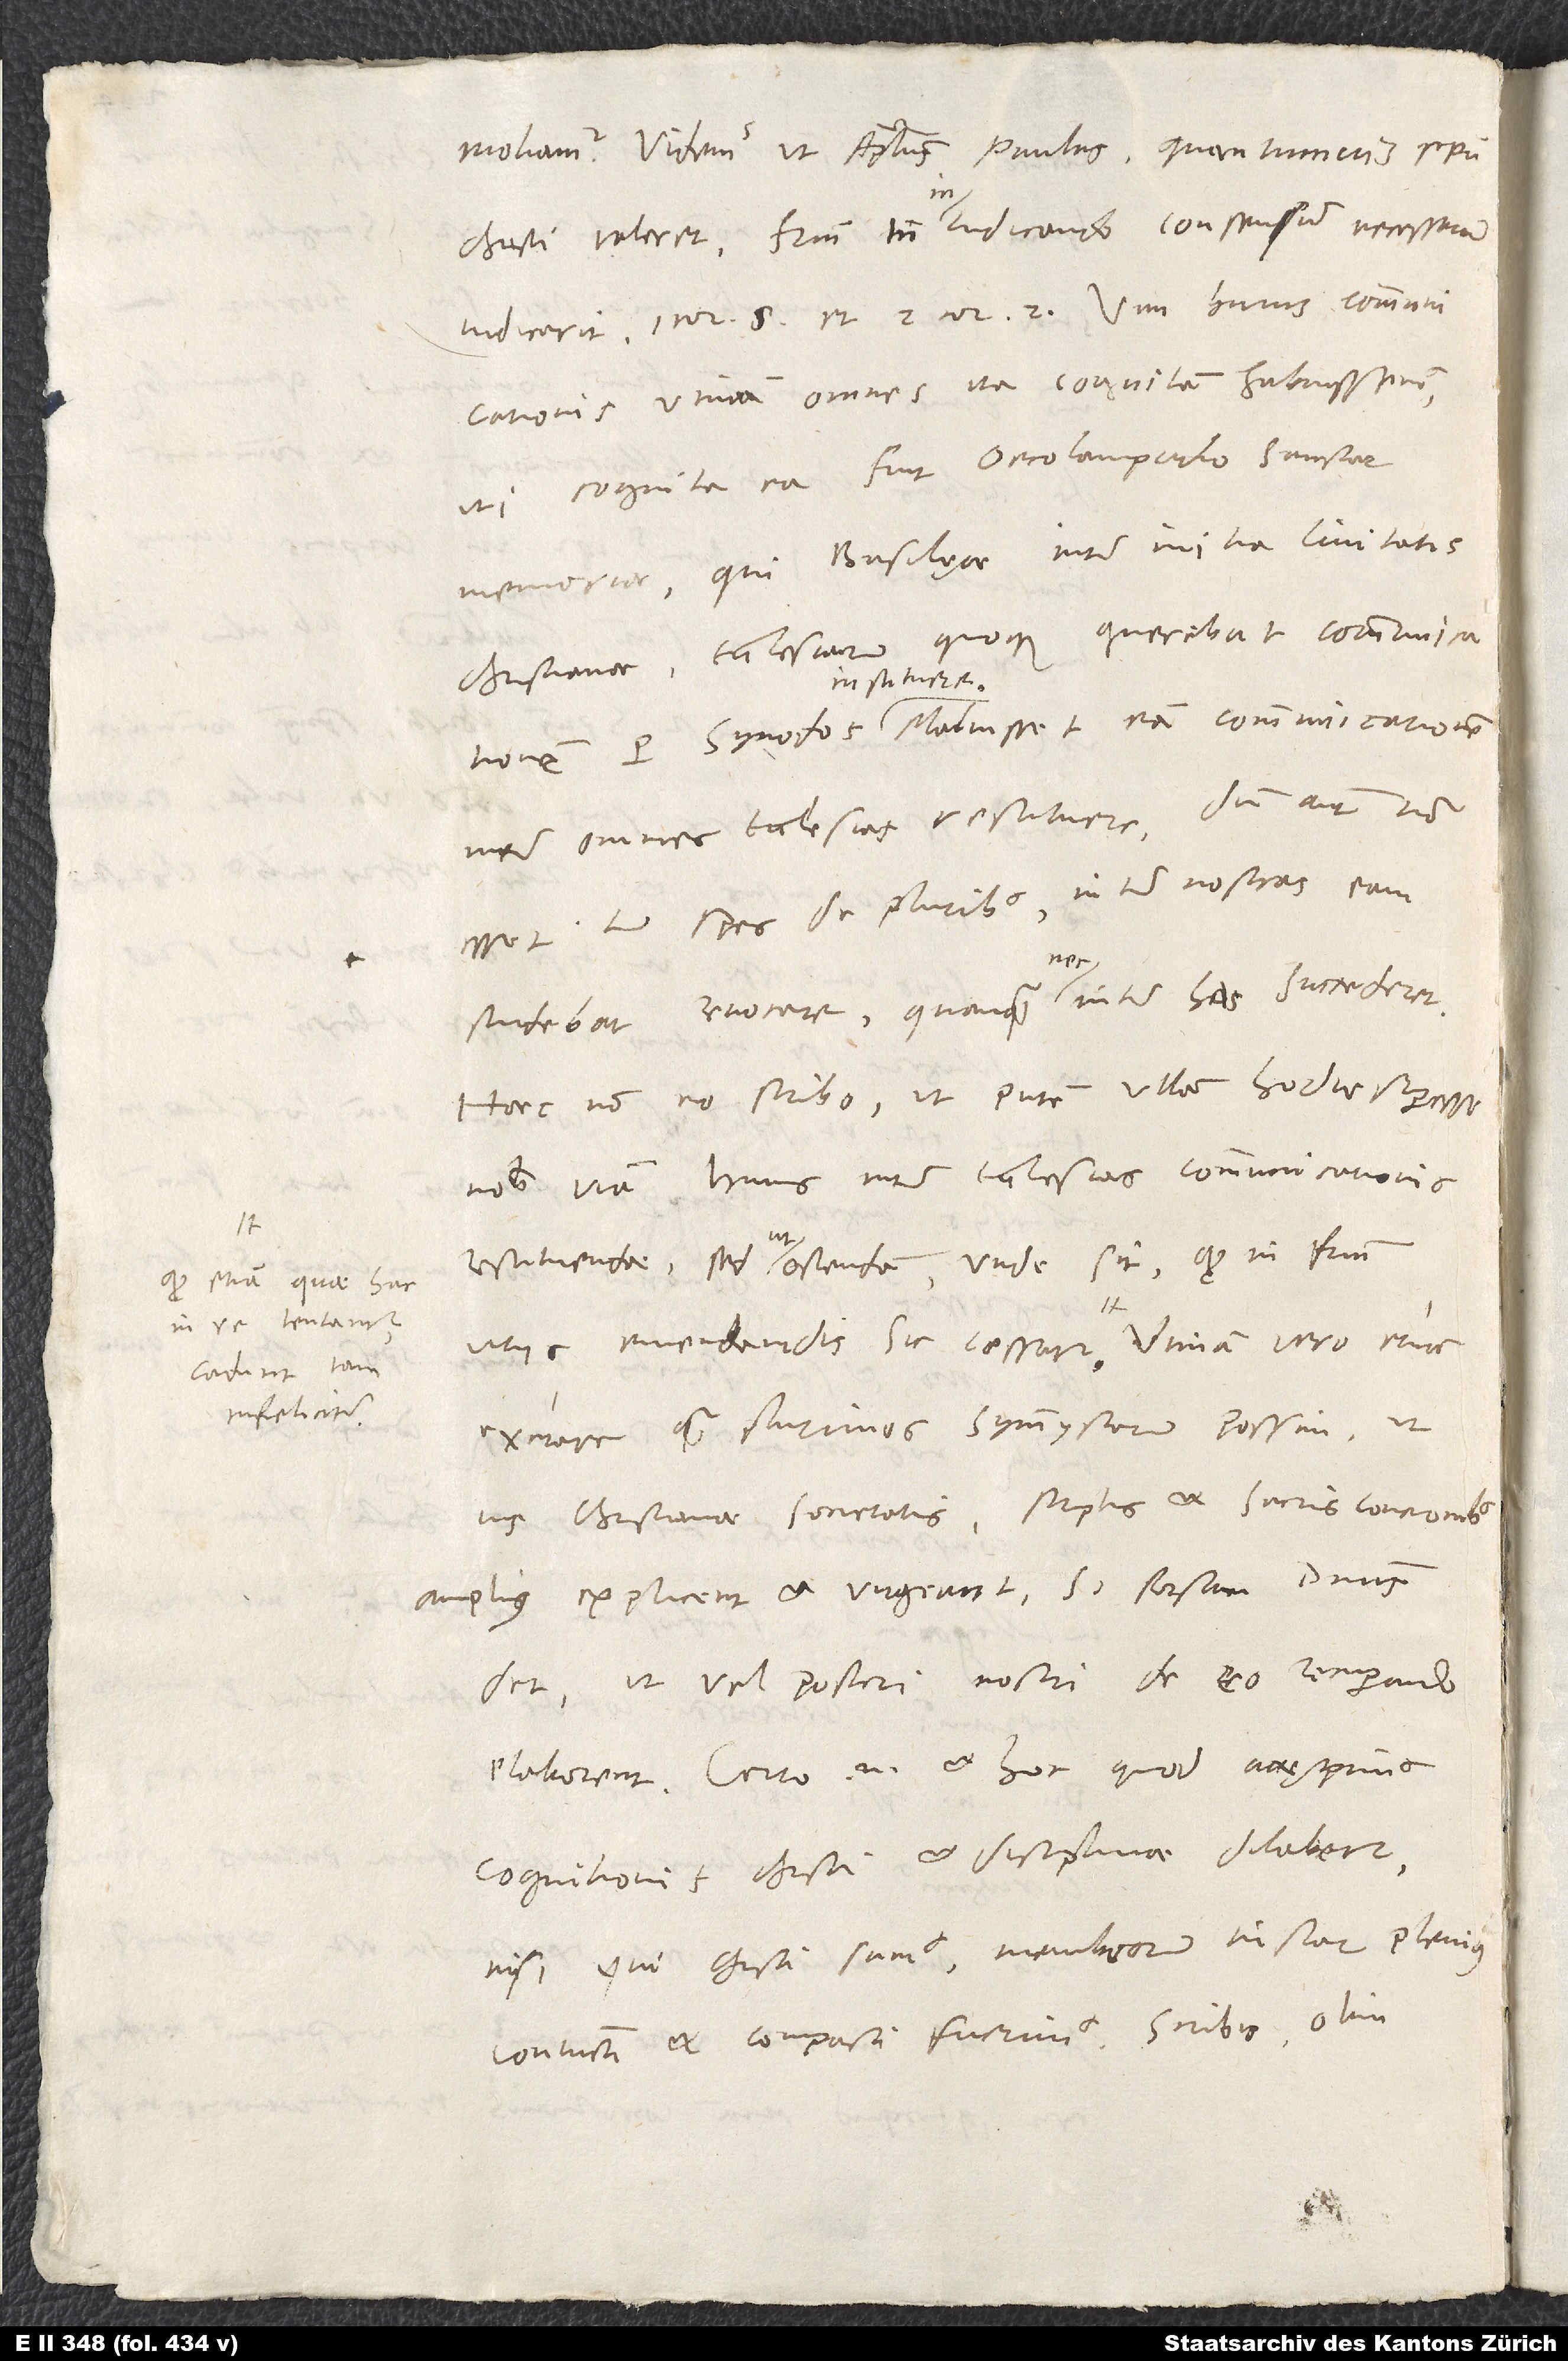
in re tentantur,
cadunt tam
infeliciter.

moliamur. Videmus, ut apostolus Paulus, quantumvis spiritu
Christi valeret, fratrum tamen in iudicando consensum necessarium
utinam omnes ita cognitam habuissemus,
uti cognita ea fuit Oecolampadio sanctae
memoriae, qui Basilęae inter initia civitatis
quoque querebat communicationem
christianae ecclesiarum
instituere.
inter omnes ecclesias restituere; dum autem non
esset tum spes de pluribus, inter nostras eam
studebat revocare, quanquam nec inter has succederet.
Haec non eo scribo, ut putem ullam hodie superesse
nobis viam huius inter ecclesias communicationis
restituendae, sed ut ostendam, unde sit, quod in fratrum
excitare quam plurimos symmystarum possim, ut
ius christianae societatis scriptis et sacris concionibus
amplius explicent et urgeant, si forsan dominus
det, ut vel posteri nostri de eo recuperando
elaborent. Certo enim et hoc, quod accępimus
cognitionis Christi et disciplinae, dilabetur,
nisi, qui Christi sumus, membrorum instar plenius